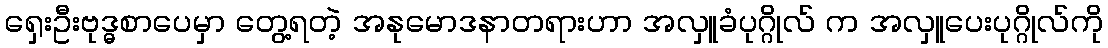
ရှေးဦးဗုဒ္ဓစာပေမှာ တွေ့ရတဲ့ အနုမောဒနာတရားဟာ အလှူခံပုဂ္ဂိုလ် က အလှူပေးပုဂ္ဂိုလ်ကို